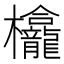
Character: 𱤵